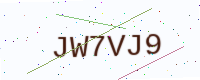
Text: JW7VJ9